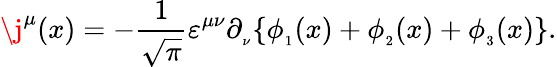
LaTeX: \j^{\mu}(x)=-\frac{1}{\sqrt{\pi}}\varepsilon^{\mu\nu}\partial_{_\nu}\{ \phi_{_1}(x)+\phi_{_2}(x)+\phi_{_3}(x)\} .